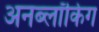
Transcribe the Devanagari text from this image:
अनब्लॉकिंग